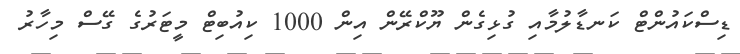
ޑިސްކައުންޓް ކަނޑާލުމާއި ގުޅިގެން ޔޫކްރޭން އިން 1000 ކިއުބިޓް މީޓަރުގެ ގޭސް މިހާރު